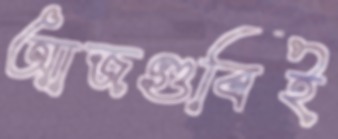
আজগুবিই